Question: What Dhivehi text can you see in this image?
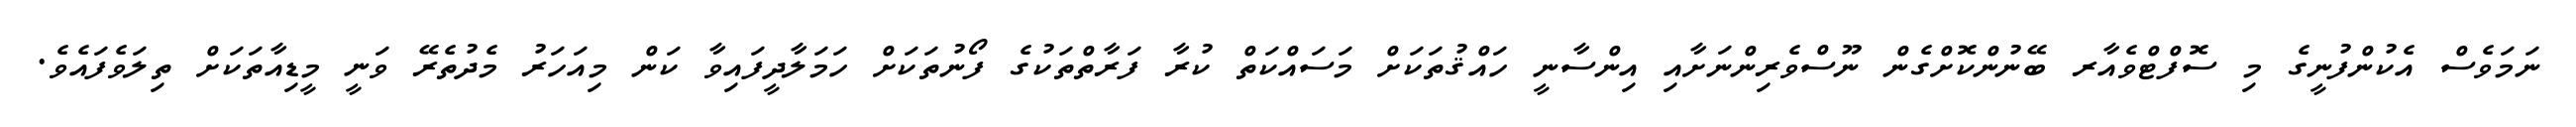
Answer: ނަމަވެސް އެކުންފުނީގެ މި ސޮފްޓްވެއާރ ބޭނުންކޮށްގެން ނޫސްވެރިންނަށާއި އިންސާނީ ހައްޤުތަކަށް މަސައްކަތް ކުރާ ފަރާތްތަކުގެ ފޯނުތަކަށް ހަމަލާދީފައިވާ ކަން މިއަހަރު މެދުތެރޭ ވަނީ މީޑިއާތަކަށް ތިލަވެފައެވެ.